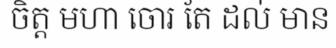
ចិត្ត មហា ចោរ តែ ដល់ មាន